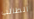
الطالب